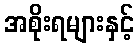
အစိုးရများနှင့်